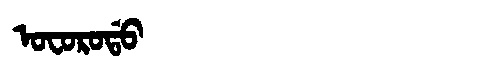
Manchu: ᠣᠸᠣᡵᠣᡩᠣ
Romanization: OFORODO